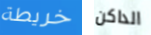
خريطة الداكن